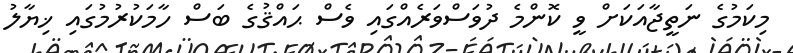
މިކަމުގެ ނަތީޖާއަކަށް ވީ ކޮންމެ ދުވަސްވަރެއްގައި ވެސް ޙައްޤުގެ ބަސް ހާމަކުރުމުގައި ޚިޔާލު